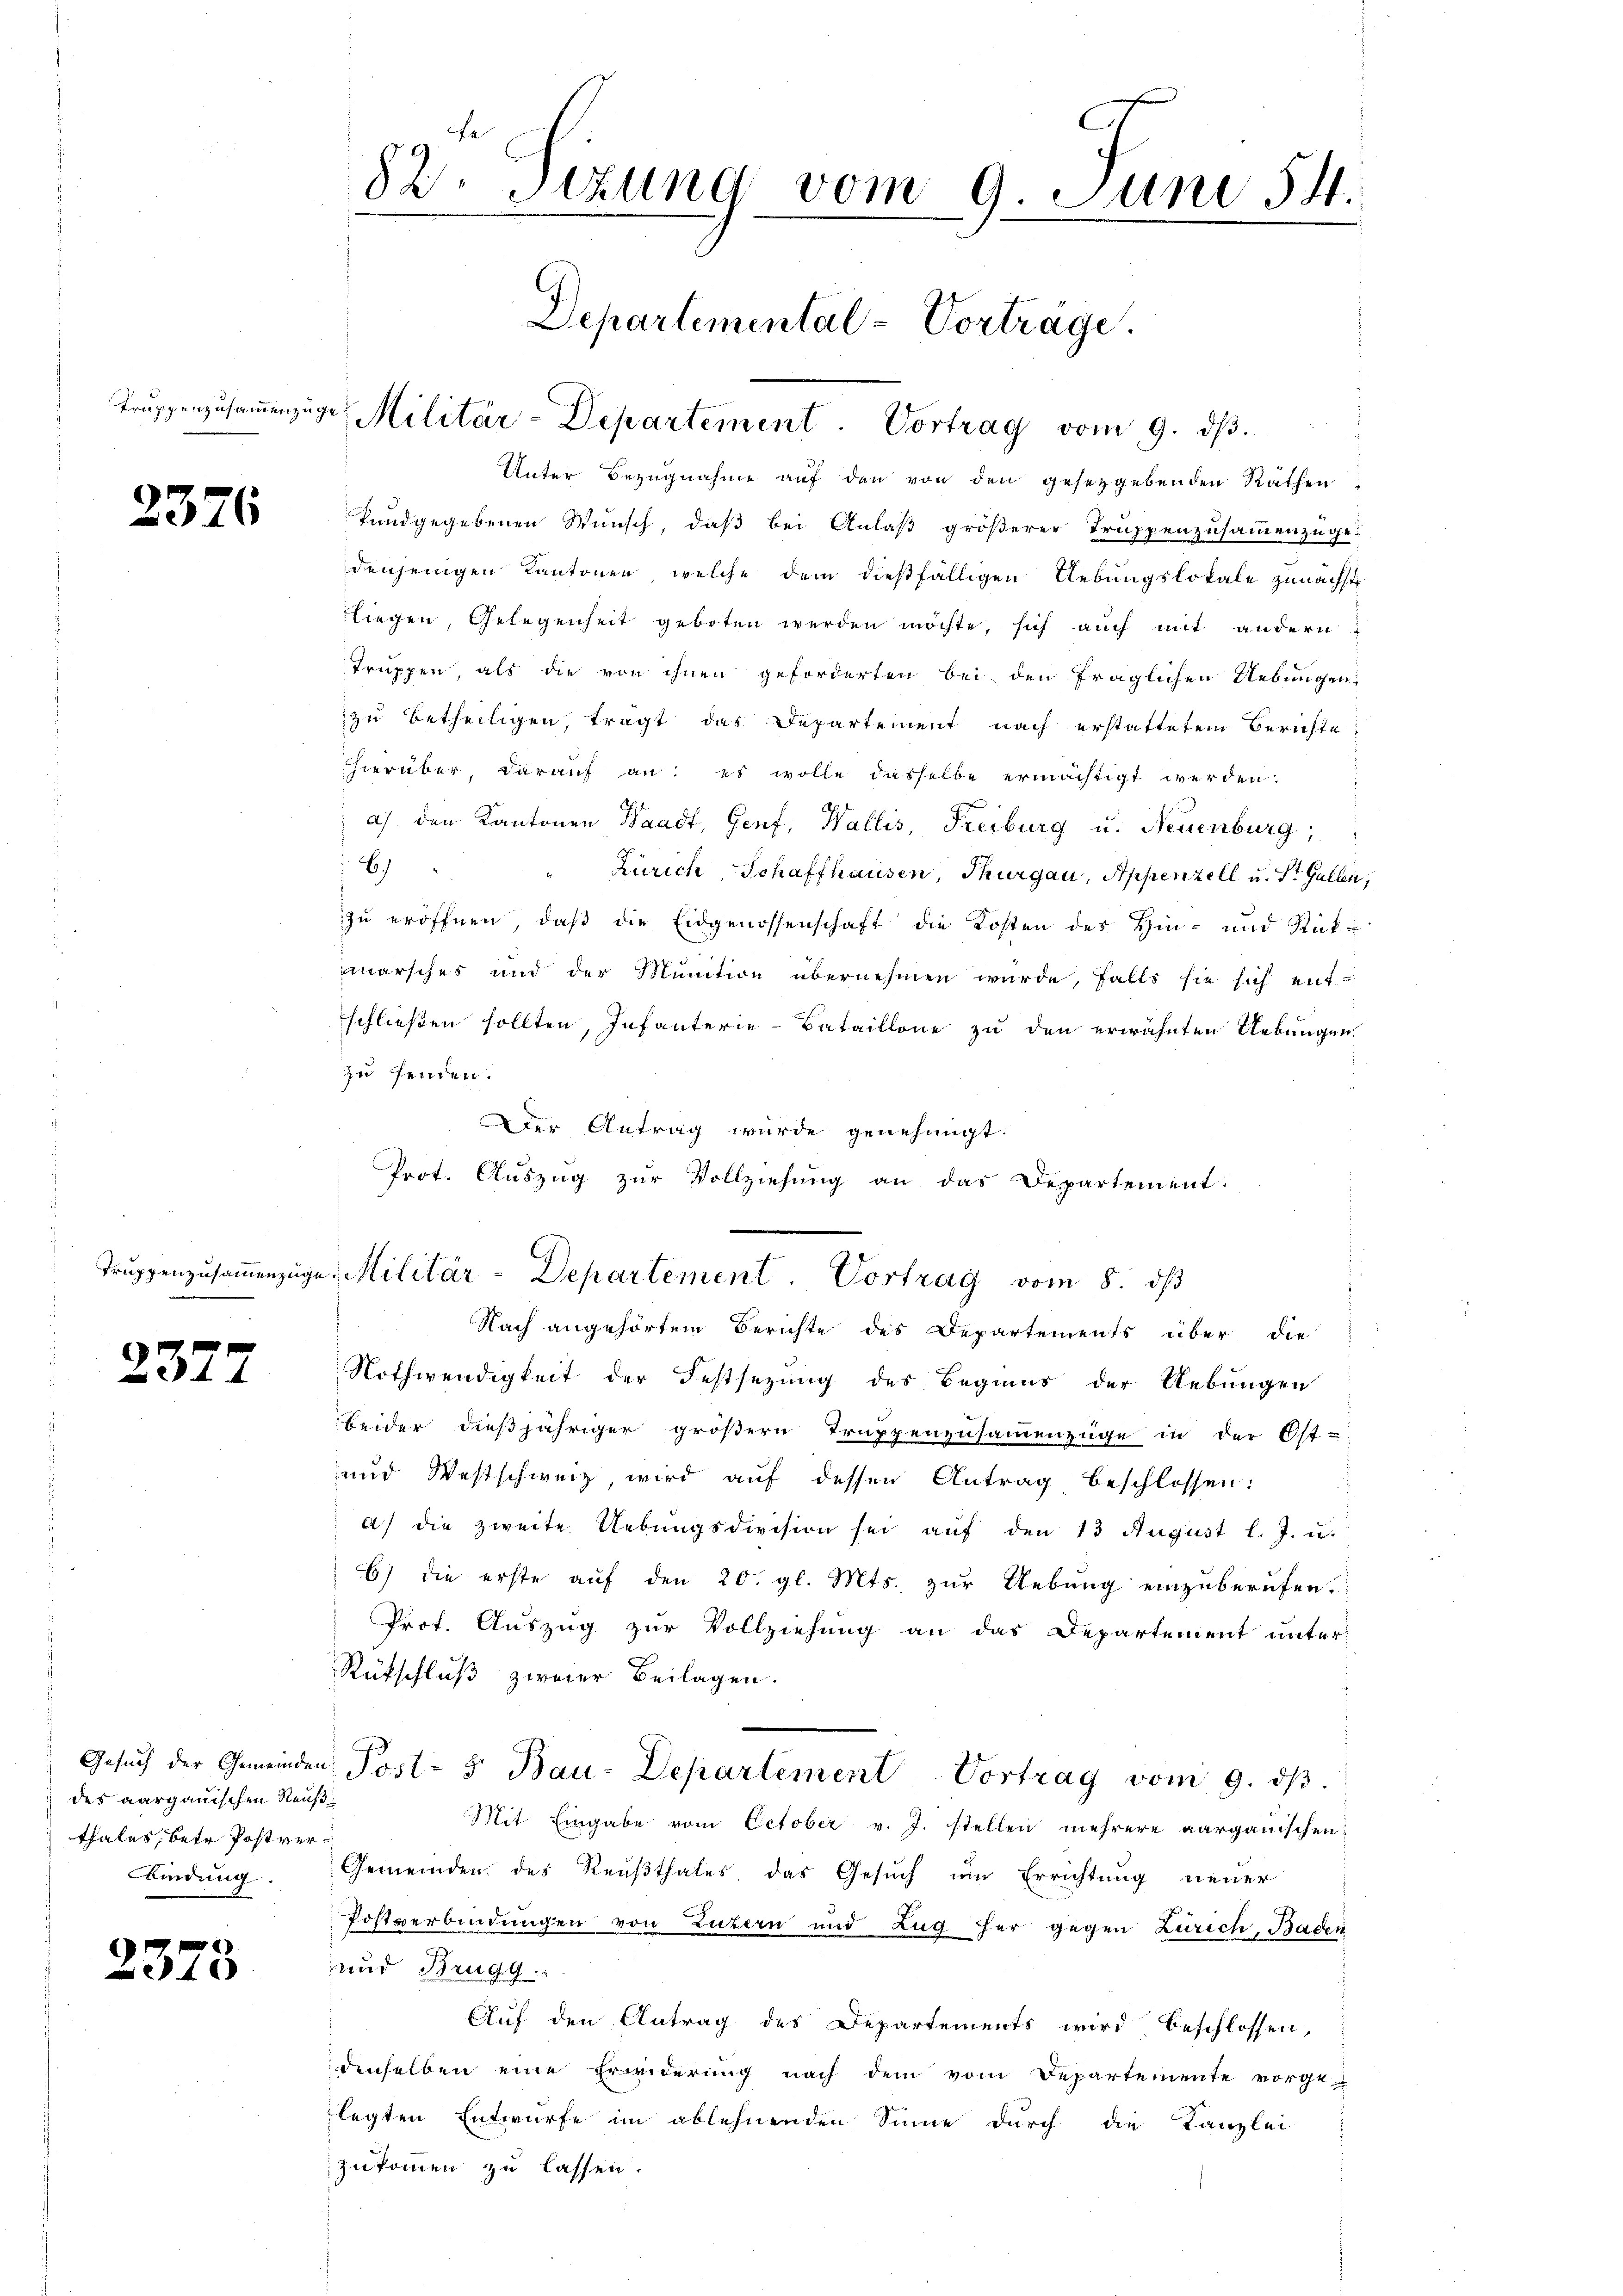
2377

des aargauischen Reuß
thales, betr. Postverbindung

2375

2376

Truppenzusammenzug

Trŭppenzŭsaṁenzige Militär-Departement. Vortrag vom 9. dβ.

82. Sezung vom 9. Juni 54.
Departemental-Vorträge.

u. Militär-Departement. Vortrag vom 8. dβ

Unter Bezugnahme auf den von den gesetzgebenden Rathen,
kundgegebenen Wunsch, daß bei Anlaß größerer Truppenzusammenzüge.
denjenigen Kantonen, welche dem dießfälligen Uebungslokale zunächst
liegen, Gelegenheit geboten werden möchte, sich auch mit andern
truppen, als die von ihnen geforderten bei den fraglichen Uebungen,
zu betheiligen, trägt das Departement nach erstattetem Berichte,
hierüber, darauf an: es wolle dasselbe ermächtigt werden.
a) den Kantonen Waadt, Genf, Wallis, Freiburg u. Neuenburg,
6)
e
Zürich Schaffhausen, Thurgau, Appenzell u. St. Gallen,
zu eröffnen, daß die Eidgenossenschaft die Kosten des Hin- und Rückmarsches und der Munition übernehmen wurde, falls sie sich ent-
schließen sollten, Infanterie-Bataillone zu den erwähnten Uebungen
zu fenden.
Der Antrag wurde genehmigt.
Prot. Aŭszŭg zŭr Vollziehung an das Departement:

Gesuch der Gemeinden Post- 5. Bau-Departement Vortrag vom 9. dβ.

Nach angehörtem Berichte des Departements über die
Nothwendigkeit der Festsezung des Beginns der Uebungen
beider dießjähriger größern Truppenzusammenzüge in der Ost-
und Westschweiz, wird auf dessen Antrag beschlossen:
a) die zweite Uebungsdivision sei auf den 13 August l. J. u.
6) die erste auf den 20. gl. Mts. zur Uebung einzuberufen.
Prot. Auszug zur Vollziehung an das Departement unter-
Rütschluß zweier Beilagen.
Mit Eingabe vom October v. J. stellen mehrere aargauischen
Gemeinden des Reußthales, das Gesuch im Errichtung neuer
Postverbindungen von Luzern und Zug her gegen Zürich, Baden
und Brugg
Auf den Antrag des Departements wird beschlossen,
denselben eine Erwiderung nach dem vom Departemente vorge
legten Entwurfe im ablehnenden Sinne durch die Kanzlei
zukommen zu lassen.